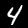
Digit: 4